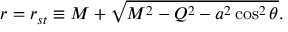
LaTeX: r = r _ { s t } \equiv M + \sqrt { M ^ { 2 } - Q ^ { 2 } - a ^ { 2 } \cos ^ { 2 } \theta } .